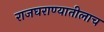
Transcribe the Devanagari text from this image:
राजघराण्यातीलाच